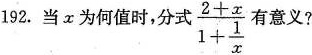
192.当x为何值时，分式$$\frac{2+x}{1+\frac{1}{x}}$$有意义?